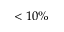
< 1 0 \%